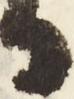
日